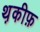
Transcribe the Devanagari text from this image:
थ़कीफ़